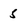
Character: 5